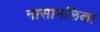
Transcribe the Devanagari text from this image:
नासानलिका